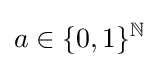
a\in \{0,1\}^{\mathbb {N} }